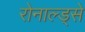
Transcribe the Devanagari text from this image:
रोनाल्ड्से